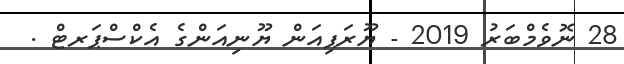
28 ނޮވެމްބަރު 2019 - ޔޫރަޕިއަން ޔޫނިއަންގެ އެކްސްޕަރޓް .